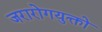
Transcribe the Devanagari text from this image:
जरारोगयुक्तो